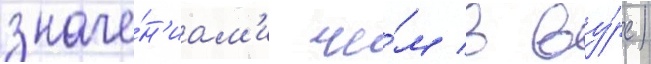
значе́н'иам'и че́м в ву́рс)